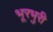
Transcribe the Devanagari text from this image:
भूरभुरी